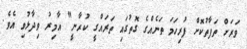
ވަރަށް ތަފާތުކޮށް ފުރިހަމަ ތަނެއްގެ ގޮތުގައި ތަރައްގީ ކުރާނީ" އާމިރު ވިދާޅުވި އެވެ.